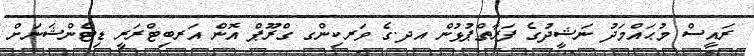
ރައީސް މުޙައްމަދު ނަޝީދުގެ ފަރާތްޕުޅުން އދ.ގެ ވަރކިންގ ގްރޫޕް އޮން އަރބިޓްރަރީ ޑިޓެންޝަނަށް